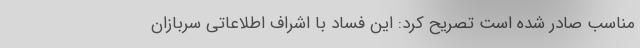
مناسب صادر شده است تصریح کرد: این فساد با اِشراف اطلاعاتی سربازان